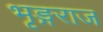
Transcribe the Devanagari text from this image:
भृङ्गराज